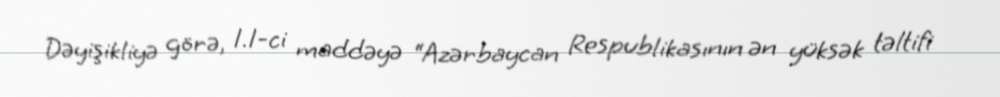
Dəyişikliyə görə, 1.1-ci maddəyə “Azərbaycan Respublikasının ən yüksək təltifi